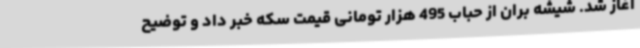
آغاز شد. شیشه بران از حباب 495 هزار تومانی قیمت سکه خبر داد و توضیح